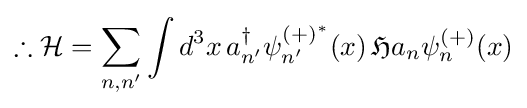
\therefore {\mathcal {H}}=\sum _{n,n'}\int d^{3}x\,a_{n'}^{\dagger }\psi _{n'}^{(+)^{*}}(x)\,{\mathfrak {H}}a_{n}\psi _{n}^{(+)}(x)